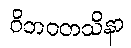
ဝိဘဝတသိနာ